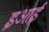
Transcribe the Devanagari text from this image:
इआई